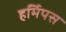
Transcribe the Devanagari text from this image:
हर्मिपस